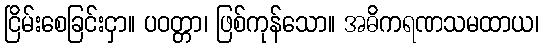
ငြိမ်းစေခြင်းငှာ။ ပဝတ္တာ၊ ဖြစ်ကုန်သော။ အဓိကရဏသမထာယ၊